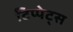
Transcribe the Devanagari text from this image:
टिप्‍पेट्स